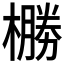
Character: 橳